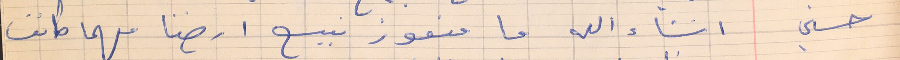
حسني    انشاء الله ما منعوز نبيع ارضنا مهما كانت